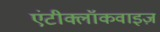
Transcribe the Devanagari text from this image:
एंटीक्लॉकवाइज़